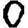
Digit: 0